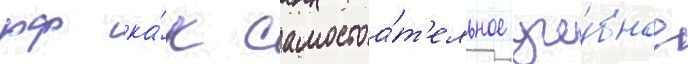
рф ка́к самостоа́т'ельное уче́бное